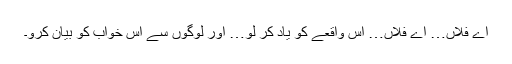
اے فلاں… اے فلاں… اس واقعے کو یاد کر لو… اور لوگوں سے اس خواب کو بیان کرو۔